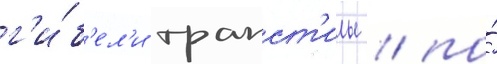
г'и́б'ел'и трапст'илы / по́